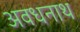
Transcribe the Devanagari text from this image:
अवधनाथ